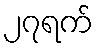
၂၇ရက်